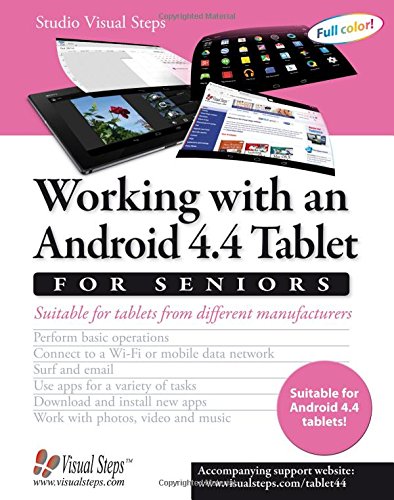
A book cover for Working with an Android 4.4 Tablet for Seniors: Suitable for Tablets from Different Manufacturers (Computer Books for Seniors series); Studio Visual Steps; Computers & Technology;